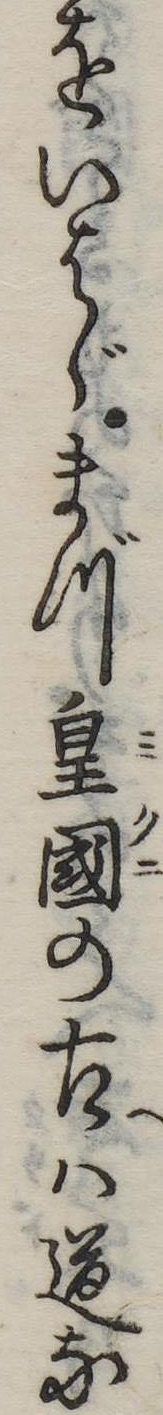
をいはゞまづ皇国の古は道な